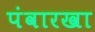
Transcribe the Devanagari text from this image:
पंवारखा